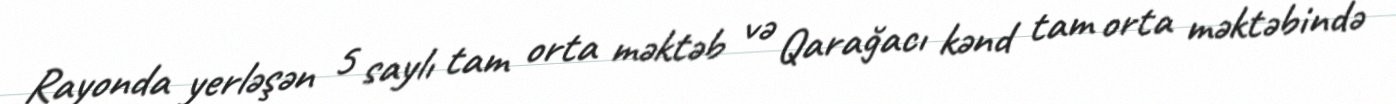
Rayonda yerləşən 5 saylı tam orta məktəb və Qarağacı kənd tam orta məktəbində